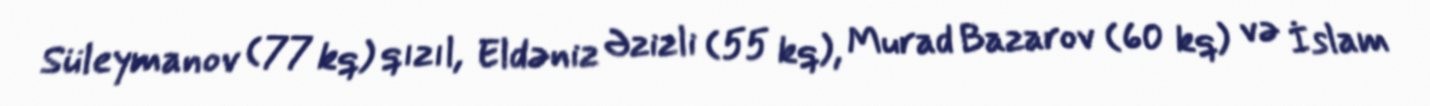
Süleymanov (77 kq) qızıl, Eldəniz Əzizli (55 kq), Murad Bazarov (60 kq) və İslam